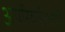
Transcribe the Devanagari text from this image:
अपरिवर्तनवादी